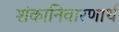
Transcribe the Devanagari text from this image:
शंकानिवारणार्थ